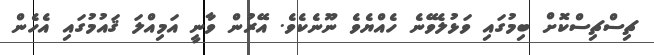
ޗިސްޗިސްކޮށް ބިމުގައި ވަޅުލެވޭނެ ހެއްޔެވެ ނޫނެކެވެ. އޭރުން ވާނީ އަމިއްލަ ޤައުމުގައި އެހެން